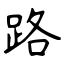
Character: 路